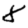
Digit: 8